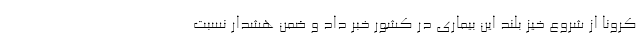
کرونا از شروع خیز بلند این بیماری در کشور خبر داد و ضمن هشدار نسبت